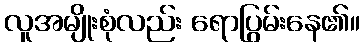
လူအမျိုးစုံလည်း ရောပြွမ်းနေ၏။